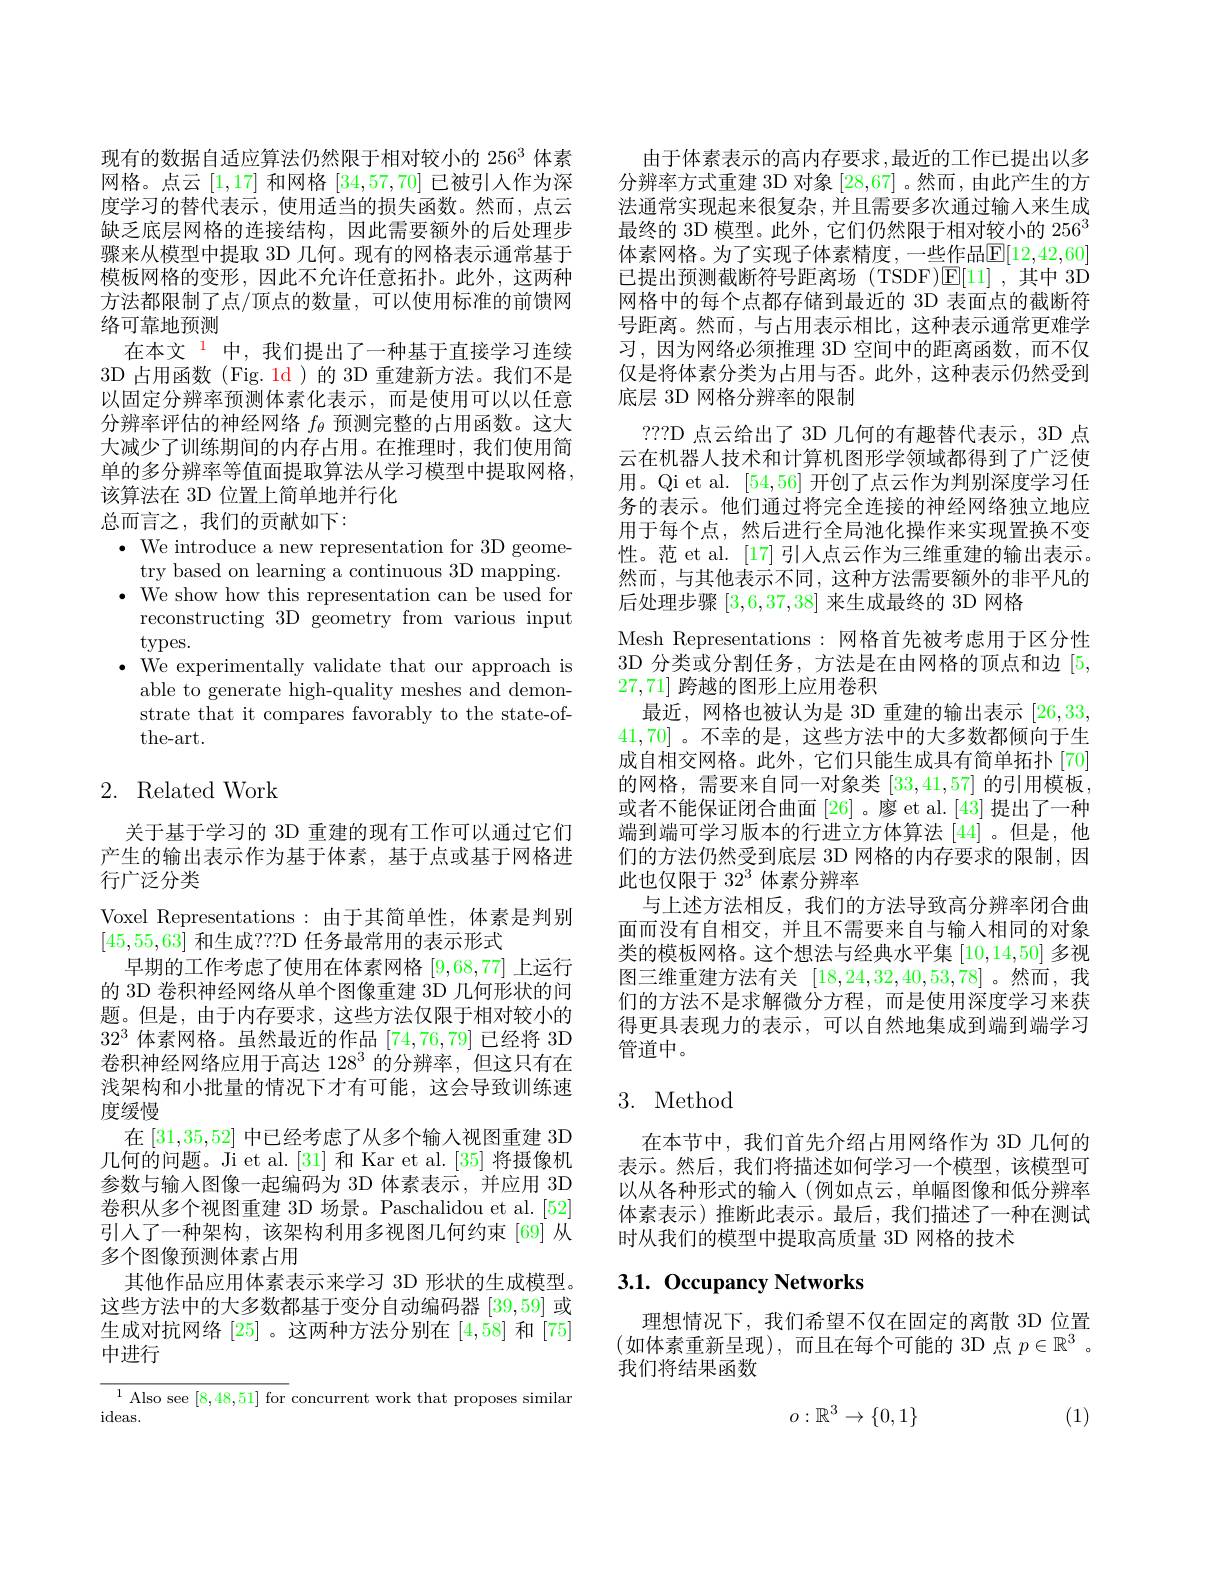
现有的数据自适应算法仍然限于相对较小的 256$^{3}$体素网格。点云[1,17]和网格[34,57,70]已被引人作为深度学习的替代表示，使用适当的损失函数。然而，点云缺乏底层网格的连接结构，因此需要额外的后处理步骤来从模型中提取 3D 几何。现有的网格表示通常基于模板网格的变形，因此不允许任意拓扑。此外，这两种方法都限制了点/顶点的数量，可以使用标准的前馈网络可靠地预测
在本文$^{\color{red}{1}}$中，我们提出了一种基于直接学习连续3D 占用函数 (Fig. 1d)的 3D 重建新方法。我们不是以固定分辨率预测体素化表示，而是使用可以以任意分辨率评估的神经网络$f_\theta$预测完整的占用函数。这大大减少了训练期间的内存占用。在推理时，我们使用简单的多分辨率等值面提取算法从学习模型中提取网格， 该算法在 3D 位置上简单地并行化
总而言之，我们的贡献如下：
$\cdot$ We introduce a new representation for 3D geome-
try based on learning a continuous 3D mapping. $\cdot$ We show how this representation can be used for
reconstructing 3D geometry from various input
types.
$\cdot$ We experimentally validate that our approach is
able to generate high-quality meshes and demonstrate that it compares favorably to the state-ofthe-art.

# 2. Related Work

关于基于学习的 3D 重建的现有工作可以通过它们产生的输出表示作为基于体素，基于点或基于网格进行广泛分类
Voxel Representations:由于其简单性，体素是判别
[45,55,63]和生成？?D 任务最常用的表示形式
早期的工作考虑了使用在体素网格[9,68,77]上运行的 3D 卷积神经网络从单个图像重建 3D 几何形状的问题。但是，由于内存要求，这些方法仅限于相对较小的$32^3$体素网格。虽然最近的作品[74,76,79]已经将 3D 卷积神经网络应用于高达 128$^3$的分辨率，但这只有在浅架构和小批量的情况下才有可能，这会导致训练速度缓慢
在[31,35,52]中已经考虑了从多个输人视图重建 3D 几何的问题。Ji et al.[31] 和 Kar et al.[35] 将摄像机参数与输入图像一起编码为 3D 体素表示，并应用 3D 卷积从多个视图重建 3D 场景。Paschalidou et al.[52] 引入了一种架构，该架构利用多视图几何约束[69]从多个图像预测体素占用
其他作品应用体素表示来学习 3D 形状的生成模型。这些方法中的大多数都基于变分自动编码器[39,59]或生成对抗网络[25] 。这两种方法分别在[4,58]和 [75] 中进行

${\frac{1\text{ Also see }[8,48,51]\text{ for }}}$concurrent work that proposes similar
ideas.

由于体素表示的高内存要求，最近的工作已提出以多分辨率方式重建 3D 对象 [28,67] 。然而 , 由此产生的方法通常实现起来很复杂，并且需要多次通过输入来生成最终的 3D 模型。此外，它们仍然限于相对较小的 256$^{3}$ 体素网格。为了实现子体素精度，一些作品$\underline{\mathbb{E}}[12,42,60]$ 已提出预测截断符号距离场 (TSDF)E[11],其中 3D 网格中的每个点都存储到最近的 3D 表面点的截断符号距离。然而，与占用表示相比，这种表示通常更难学习，因为网络必须推理 3D 空间中的距离函数，而不仅仅是将体素分类为占用与否。此外，这种表示仍然受到底层 3D 网格分辨率的限制
???D 点云给出了 3D 几何的有趣替代表示，3D 点云在机器人技术和计算机图形学领域都得到了广泛使用。Qi et al. [54,56]开创了点云作为判别深度学习任务的表示。他们通过将完全连接的神经网络独立地应用于每个点，然后进行全局池化操作来实现置换不变性。范 et al. [17] 引人点云作为三维重建的输出表示。然而，与其他表示不同，这种方法需要额外的非平凡的后处理步骤[3,6,37,38]来生成最终的 3D 网格
Mesh Representations:网格首先被考虑用于区分性3D 分类或分割任务，方法是在由网格的顶点和边[5, 27,71]跨越的图形上应用卷积
最近，网格也被认为是 3D 重建的输出表示[26,33, 41,70] 。不幸的是 ,这些方法中的大多数都倾向于生成自相交网格。此外，它们只能生成具有简单拓扑[70] 的网格，需要来自同一对象类[33,41,57]的引用模板， 或者不能保证闭合曲面[26]。廖 et al. [43] 提出了一种端到端可学习版本的行进立方体算法 [44]。但是，他们的方法仍然受到底层 3D 网格的内存要求的限制，因此也仅限于 32$^{3}$体素分辨率
与上述方法相反，我们的方法导致高分辨率闭合曲面而没有自相交，并且不需要来自与输入相同的对象类的模板网格。这个想法与经典水平集[10,14,50]多视图三维重建方法有关[18,24,32,40,53,78] 。然而，我们的方法不是求解微分方程，而是使用深度学习来获得更具表现力的表示，可以自然地集成到端到端学习管道中。

## 3. Method

在本节中，我们首先介绍占用网络作为 3D 几何的表示。然后，我们将描述如何学习一个模型，该模型可以从各种形式的输入(例如点云，单幅图像和低分辨率体素表示)推断此表示。最后，我们描述了一种在测试时从我们的模型中提取高质量 3D 网格的技术

# 3.1. Occupancy Networks

理想情况下，我们希望不仅在固定的离散 3D 位置(如体素重新呈现),而且在每个可能的 3D 点 $p\in\mathbb{R}^3$ 。我们将结果函数
$$o:\mathbb{R}^3\to\{0,1\}$$
(1)